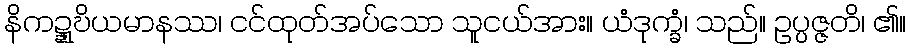
နိကဍ္ဍ္ဎိယမာနဿ၊ ငင်ထုတ်အပ်သော သူငယ်အား။ ယံဒုက္ခံ၊ သည်။ ဥပ္ပဇ္ဇတိ၊ ၏။